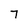
Character: 7